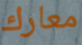
معارك